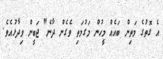
އެ ގޮތުގެ މަތިން ބައެއް މީހުން މަގުމަތި ވެގެން ދާނެ" ޖަބީން ވިދާޅުއެވެ.